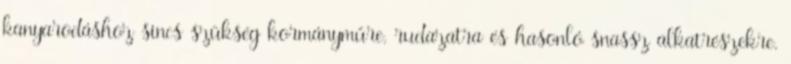
kanyarodáshoz sincs szükség kormányműre, rudazatra és hasonló snassz alkatrészekre.